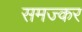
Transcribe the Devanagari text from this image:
समज्कर